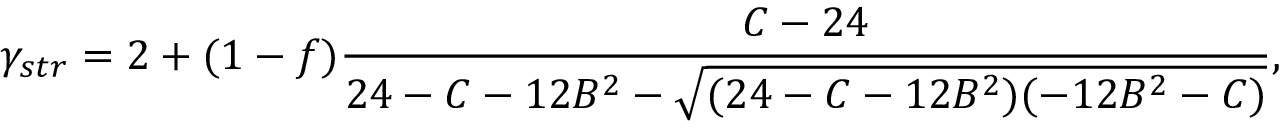
\gamma _ { s t r } = 2 + ( 1 - f ) \frac { C - 2 4 } { 2 4 - C - 1 2 B ^ { 2 } - \sqrt { ( 2 4 - C - 1 2 B ^ { 2 } ) ( - 1 2 B ^ { 2 } - C ) } } ,